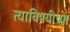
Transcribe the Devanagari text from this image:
त्याविषयीच्या